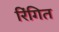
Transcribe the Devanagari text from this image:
रिंगित